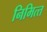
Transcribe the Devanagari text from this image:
निमित्‍त